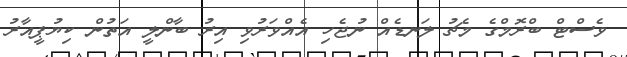
ވެސްޓް ބްރޮމްގެ މެޗު ލަނޑެއް ނުޖެހި އެއްވަރުވި އިރު ބާންލީ އަތުން ކިޔުޕީއާރު